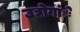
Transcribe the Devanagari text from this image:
उद्योगांे